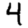
Digit: 4